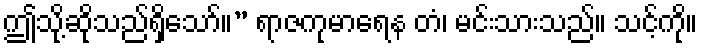
ဤသို့ဆိုသည်ရှိသော်။” ရာဇကုမာရေန တံ၊ မင်းသားသည်။ သင့်ကို။